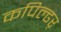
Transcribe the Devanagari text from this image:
कपिल्ढर्